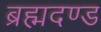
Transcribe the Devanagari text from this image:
ब्रह्मदण्ड